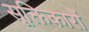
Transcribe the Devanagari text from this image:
सूक्तिकारों